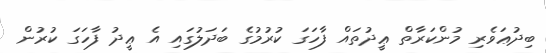
ބިދުޢަވެރި މުންކަރާތް ޢީދުތައް ފާހަގަ ކުރުމުގެ ބަދަލުގައި އެ ޢީދު ފާހަގަ ކުރުން